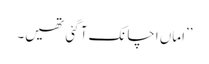
’’اماں اچانک آ گئی تھیں۔